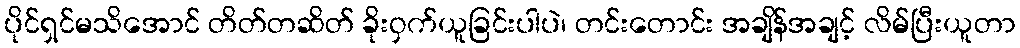
ပိုင်ရှင်မသိအောင် တိတ်တဆိတ် ခိုးဝှက်ယူခြင်းပါပဲ၊ တင်းတောင်း အချိန်အချင့် လိမ်ပြီးယူတာ